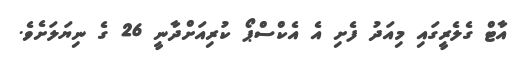
އާޓް ގެލެރީގައި މިއަދު ފެށި އެ އެކްސްޕޯ ކުރިއަށްދާނީ 26 ގެ ނިޔަލަށެވެ.